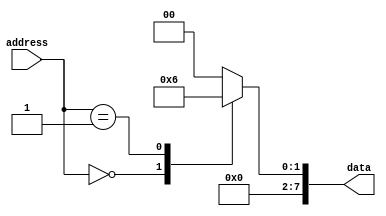
module ROM (
  input wire [7:0] address,
  output reg [7:0] data
);

always @(address)
begin
  case(address)
    8'b00000000: data <= 8'b00000001;  // Example data value at address 0
    8'b00000001: data <= 8'b00000010;  // Example data value at address 1
    // Add more data values for each address as needed
    default: data <= 8'b00000000;       // Default value when address is not specified
  endcase
end

endmodule